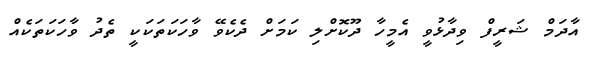
އާދަމް ޝަރީފް ވިދާޅުވީ އެމީހާ ދޫކޮށްލި ކަމަށް ދެކެވޭ ވާހަކަތަކަކީ ތެދު ވާހަކަތަކެއް